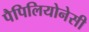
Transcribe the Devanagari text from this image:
पैपिलियोनेसी